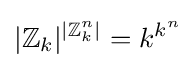
|\mathbb {Z} _{k}|^{|\mathbb {Z} _{k}^{n}|}=k^{k^{n}}